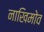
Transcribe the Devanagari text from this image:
नाखिमोव